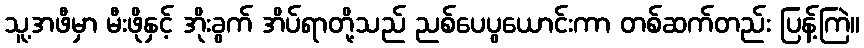
သူ့အဖီမှာ မီးဖိုနှင့် အိုးခွက် အိပ်ရာတို့သည် ညစ်ပေပွယောင်းကာ တစ်ဆက်တည်း ပြန့်ကြဲ။